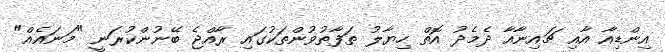
އިންޑިއާ އާއި ޗައިނާއާ ދެމެދު އޮތް ހިޔާލު ތަފާތުވުންތަކުގައި ރާއްޖެ ބޭނުންކުރަނީ "މަނައެއް"